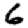
Digit: 6